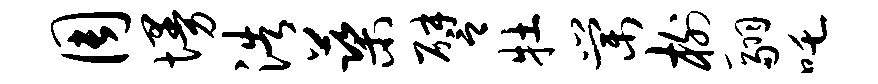
周墁浩蕖譬牡棠榭翮吒